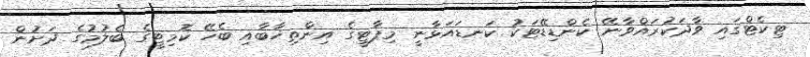
ޓިކެޓްގައި ވާދަކުރައްވާނޭ ކެންޑިޑޭޓަކު ކަނޑައަޅާނީ މިޕާޓީގެ އިންތިޚާބާއި ބެހޭ ކޮމިޓީގެ ބެލުމުގެ ދަށުން